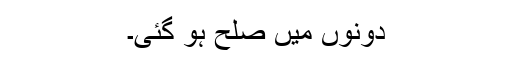
دونوں میں صلح ہو گئی۔